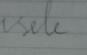
Signature authenticity: forged